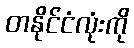
တနိုင်ငံလုံးကို